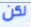
لكن